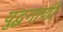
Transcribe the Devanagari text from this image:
युद्धगाणी